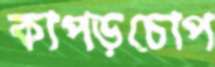
কাপড়চোপ